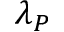
\lambda _ { P }